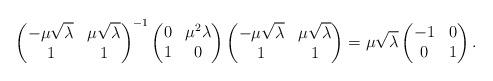
LaTeX: \begin{align*}\begin{pmatrix}-\mu\sqrt{\lambda} & \mu\sqrt{\lambda}\\1 & 1\end{pmatrix}^{-1}\begin{pmatrix}0 & \mu^2\lambda \\1 & 0\end{pmatrix}\begin{pmatrix}-\mu\sqrt{\lambda} & \mu\sqrt{\lambda}\\1 & 1\end{pmatrix}=\mu\sqrt{\lambda}\begin{pmatrix}-1 & 0 \\0 & 1\end{pmatrix}.\end{align*}